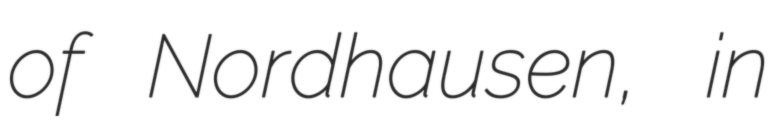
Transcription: of Nordhausen, in